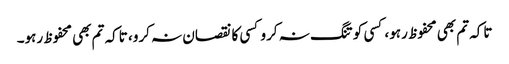
تاکہ تم بھی محفوظ رہو، کسی کو تنگ نہ کرو کسی کا نقصان نہ کرو، تاکہ تم بھی محفوظ رہو۔